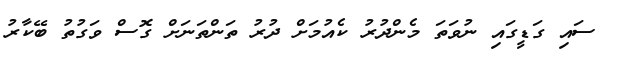
ސައި ގަޑީގައި ނުވަތަ މެންދުރު ކެއުމަށް ދުރު ތަންތަނަށް ގޮސް ވަގުތު ބޭކާރު